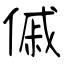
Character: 傶